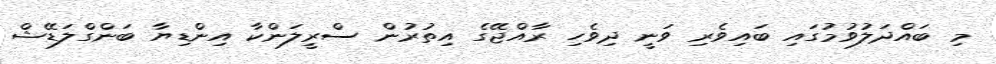
މި ބައްދަލުވުމުގައި ބައިވެރި ވަނީ ދިވެހި ރާއްޖޭގެ އިތުރުން ސްރީލަންކާ އިންޑިޔާ ބަންގްލަޑޭޝް